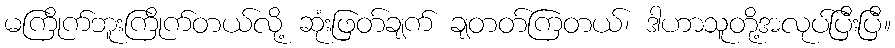
မကြိုက်ဘူးကြိုက်တယ်လို့ ဆုံးဖြတ်ချက် ချတတ်ကြတယ်၊ ဒါဟာသူတို့အလုပ်ပြီးပြီ။